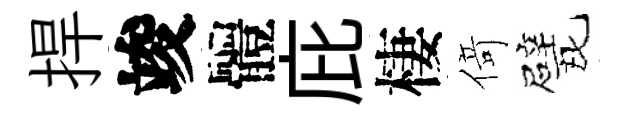
捍竣體庇棲𠋣戏